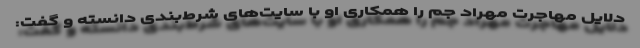
دلایل مهاجرت مهراد جم را همکاری او با سایت‌های شرط‌بندی دانسته و گفت: